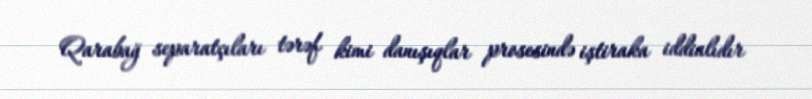
Qarabağ separatçıları tərəf kimi danışıqlar prosesində iştiraka iddialıdır